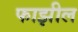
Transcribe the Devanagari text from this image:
फाझील